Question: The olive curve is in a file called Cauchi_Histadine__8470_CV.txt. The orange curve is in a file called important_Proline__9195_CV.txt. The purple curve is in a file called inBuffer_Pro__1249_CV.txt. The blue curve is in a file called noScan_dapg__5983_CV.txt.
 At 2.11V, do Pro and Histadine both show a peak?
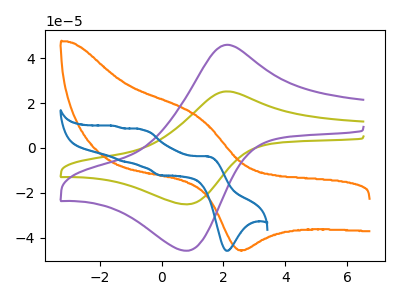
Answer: <think>The olive curve "Histadine" has an anodic peak at (2.10V, 25.25uA) and a cathodic peak at (0.80V, -25.15uA). The orange curve "Proline" has an anodic peak at (1.20V, 13.80uA) and a cathodic peak at (2.50V, -45.60uA). The purple curve "Pro" has an anodic peak at (2.10V, 46.05uA) and a cathodic peak at (0.80V, -45.85uA). The blue curve "dapg" has anodic peaks at (1.50V, -3.75uA) (-0.65V, 8.20uA) (-1.25V, -5.95uA) (-1.55V, 9.85uA) and cathodic peaks at (2.15V, -45.90uA) (-0.05V, -12.25uA).</think>
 <answer>Yes, "Pro" and "Histadine" share a peak at 2.11V.</answer>
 <eval>match</eval>